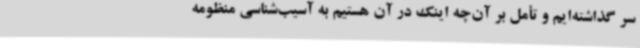
سر گذاشته‌ایم و تأمل بر آن‌چه اینک در آن هستیم به آسیب‌شناسی منظومه